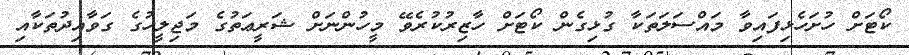
ކޯޓަށް ހުށަހެޅިފައިވާ މައްސަލަތަކާ ގުޅިގެން ކޯޓަށް ހާޒިރުކުރެވޭ މީހުންނަށް ޝަރީޢަތުގެ މަޖިލީހުގެ ގަވާއިދުތަކާއި